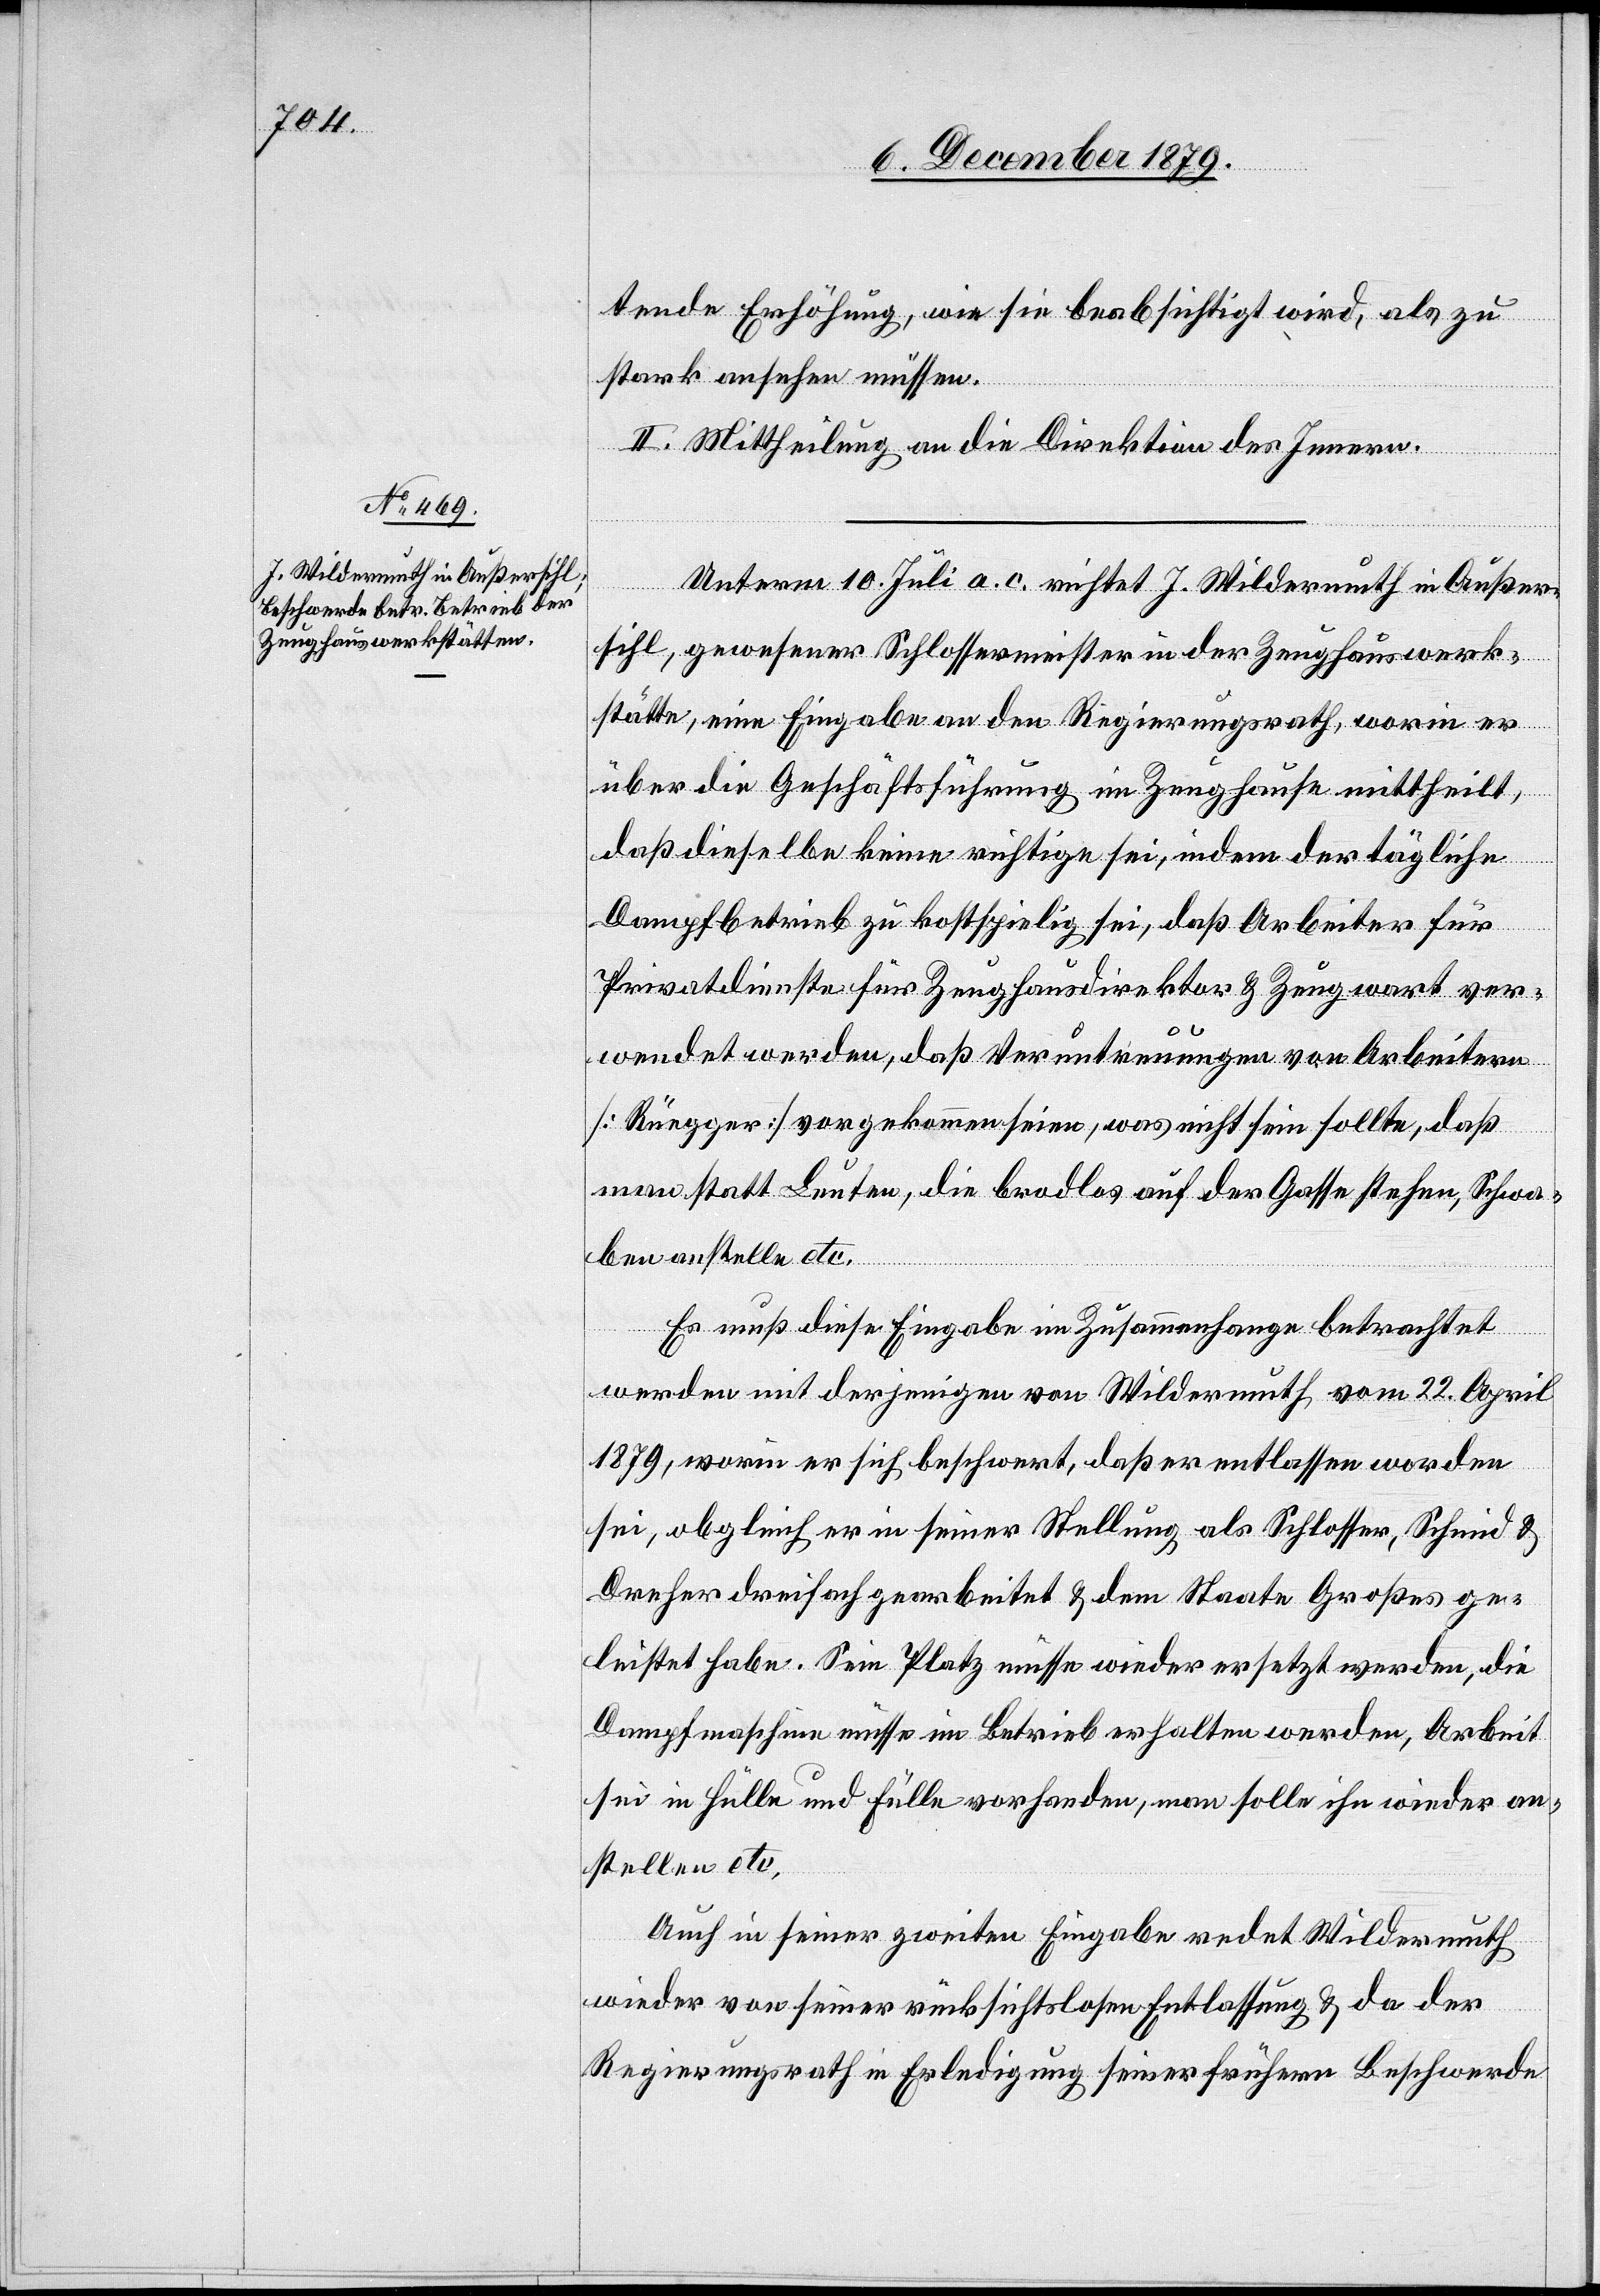
tende Erhöhung, wie sie beabsichtigt wird, als zu
stark ansehen müssen.
II. Mittheilung an die Direktion des Innern.
Unterm 10. Juli a. c. richtet J. Wildermuth in Außer¬
sihl, gewesener Schlossermeister in der Zeughauswerk¬
stätte, eine Eingabe an den Regierungsrath, worin er
über die Geschäftsführung im Zeughause mittheilt,
daß dieselbe keine richtige sei, indem der tägliche
Dampfbetrieb zu kostspielig sei, daß Arbeiter für
Privatdienste für Zeughausdirektor & Zeugwart ver¬
wendet werden, daß Veruntreuung von Arbeitern
[Rüegger] vorgekommen seien, was nicht sein sollte, daß
man statt Leuten, die brodlos auf der Gasse stehen, Schwa¬
ben anstelle etc.
Es muß diese Eingabe im Zusammenhange betrachtet
werden mit derjenigen von Wildermuth vom 22. April
1879, worin er sich beschwert, daß er entlassen worden
sei, obgleich er in seiner Stellung als Schlosser, Schmid &
Dreher dreifach gearbeitet & dem Staate Großes ge¬
leistet habe. Sein Platz müsse wieder ersetzt werden, Arbeit
sei in Hülle und Fülle vorhanden, man solle ihn wieder an¬
stellen etc.
Auch in seiner zweiten Eingabe redet Wildermuth
wieder von seiner rücksichtslosen Entlassung & da der
Regierungsrath in Erledigung seiner frühern Beschwerde